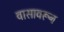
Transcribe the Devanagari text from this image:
वासावरून